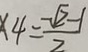
x 4 = \frac { - \sqrt { 2 } - 1 } { 2 }